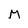
Character: M